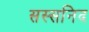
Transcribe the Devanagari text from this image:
सस्सनिद